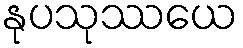
နုပသုဿယေ